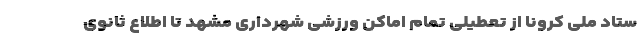
ستاد ملی کرونا از تعطیلی تمام اماکن ورزشی شهرداری مشهد تا اطلاع‌ ثانوی